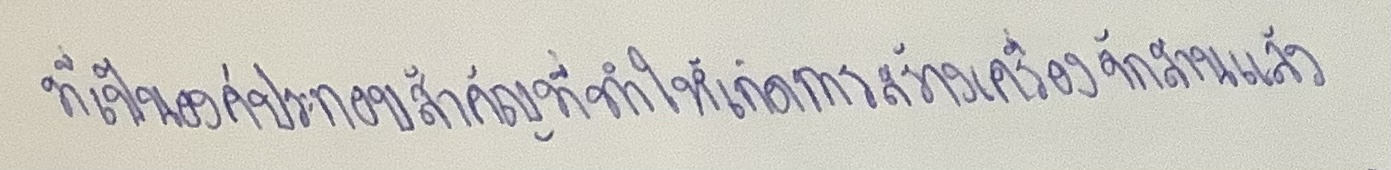
ที่เป็นองค์ประกอบสำคัญที่ทำให้เกิดการสร้างเครื่องจักสานแล้ว